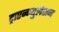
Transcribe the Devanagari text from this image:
ट्राएन्ग्युलेशन